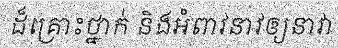
ដ៏គ្រោះថ្នាក់ និងអំពាវនាវឲ្យនាវា